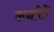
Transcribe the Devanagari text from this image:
कर्णाटों